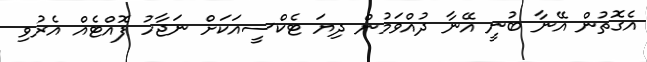
އެގޮތުން އޭނާ ބުނީ އޭނާ ދުއްވަމުން ދިޔަ ޓެކްސީއަކަށް ނަޖާހު ފޮއްޓެއް އެރުވި